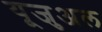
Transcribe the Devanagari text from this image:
यूजुअल